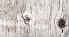
يكون